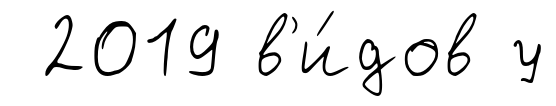
2019 в'и́дов у